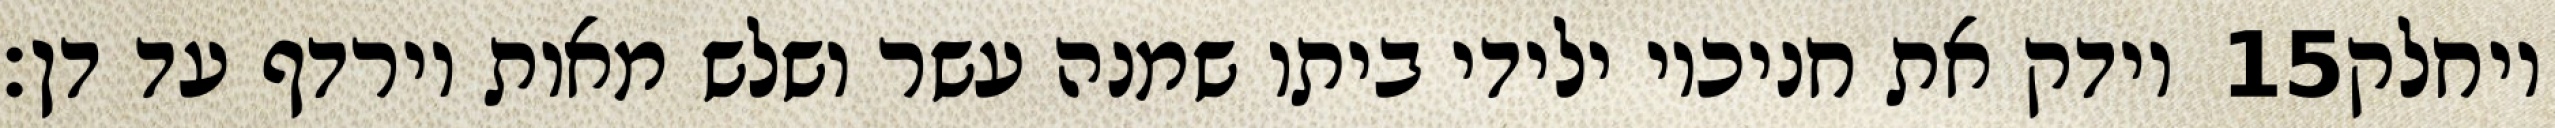
וידק את חניכיו ילידי ביתו שמנה עשר ושלש מאות וירדף עד דן׃ ‎15‏ ויחלק